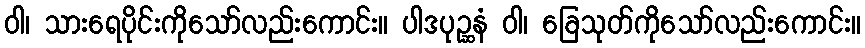
ဝါ၊ သားရေပိုင်းကိုသော်လည်းကောင်း။ ပါဒပုဉ္ဆနံ ဝါ၊ ခြေသုတ်ကိုသော်လည်းကောင်း။